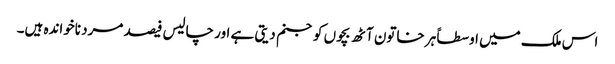
اس ملک میں اوسطاً ہر خاتون آٹھ بچوں کو جنم دیتی ہے اور چالیس فیصد مرد ناخواندہ ہیں۔